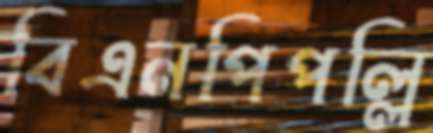
বিএনপিপল্লি